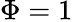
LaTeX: \Phi=1